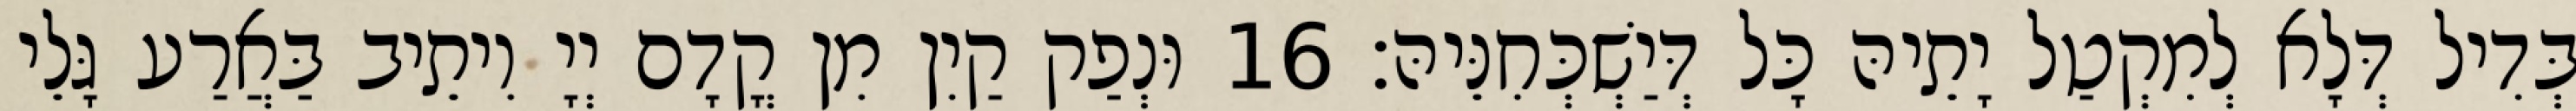
בְּדִיל דְּלָא לְמִקְטַל יָתֵיהּ כָּל דְּיַשְׁכְּחִנֵּיהּ׃ 16 וּנְפַק קַיִן מִן קֳדָם יְיָ וִיתֵיב בַּאֲרַע גָּלֵי